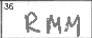
Transcription: RMM